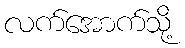
လက်အောက်သို့